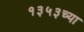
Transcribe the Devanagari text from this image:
१३५३च्या